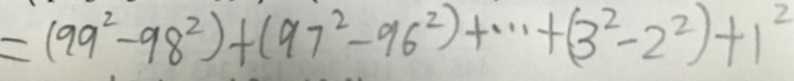
= ( 9 9 ^ { 2 } - 9 8 ^ { 2 } ) + ( 9 7 ^ { 2 } - 9 6 ^ { 2 } ) + \cdots + ( 3 ^ { 2 } - 2 ^ { 2 } ) + 1 ^ { 2 }